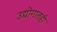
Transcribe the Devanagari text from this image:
उद्योगातही